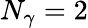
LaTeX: N_{\gamma}=2